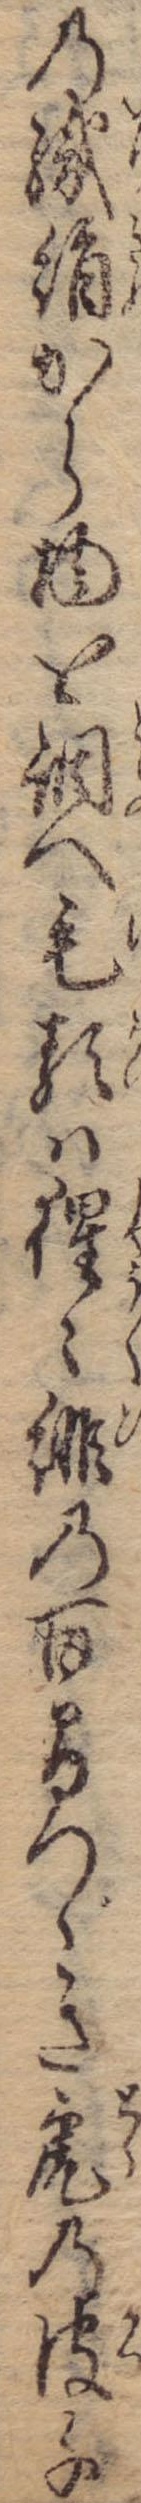
の織絹から物を調へ毛類は猩々緋の百間つゞき虎の皮千